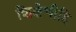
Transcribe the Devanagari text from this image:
शिक्षेचीहि